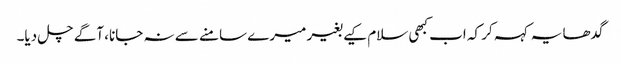
گدھا یہ کہہ کر کہ اب کبھی سلام کیے بغیر میرے سامنے سے نہ جانا، آگے چل دیا۔